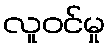
လူဝင်မှု